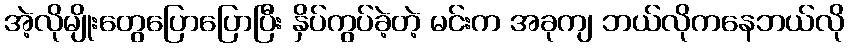
အဲ့လိုမျိုးတွေပြောပြောပြီး နှိပ်ကွပ်ခဲ့တဲ့ မင်းက အခုကျ ဘယ်လိုကနေဘယ်လို